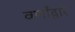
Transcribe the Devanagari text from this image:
वर्णांद्वारे